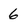
Character: 6